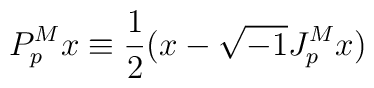
P^M_p x \equiv \frac{1}{2} (x - \sqrt{-1} J^M_p x)